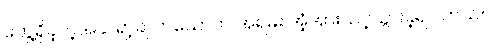
တွေ့ရှိခဲ့တဲ့အခါ ရာ့ချ် တယောက် အရမ်း အံ့အားသင့်သွားခဲ့ရပါတယ်။